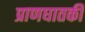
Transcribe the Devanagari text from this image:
प्राणघातकी